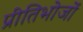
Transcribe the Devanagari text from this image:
प्रीतिभोजों